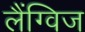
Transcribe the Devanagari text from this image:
लैंग्विज